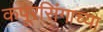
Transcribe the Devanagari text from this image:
कपूरसिंगाच्या